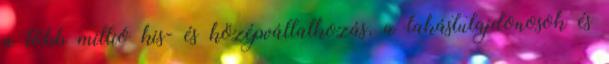
a több millió kis- és középvállalkozás, a lakástulajdonosok és